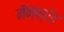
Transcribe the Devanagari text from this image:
मॅन्फ्रेड